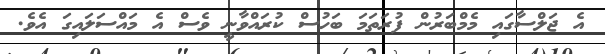
އެ ޖަލްސާގައި މެމްބަރުން ފުރަތަމަ ބަހުސް ކުރައްވާނީ ވެސް އެ މައްސަލައިގަ އެވެ.